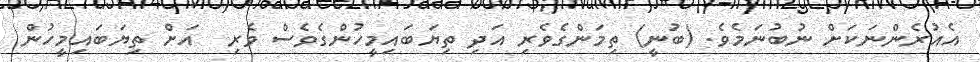
އެއުރެންނަކަށް ނުބުނަމެވެ. (ބުނީ) ތިމަންގެވެރި އަދި ތިޔަބައިމީހުންގެވެސް ވެރި  އަށް ތިޔަބައިމީހުން